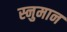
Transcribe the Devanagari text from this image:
स्नुमान